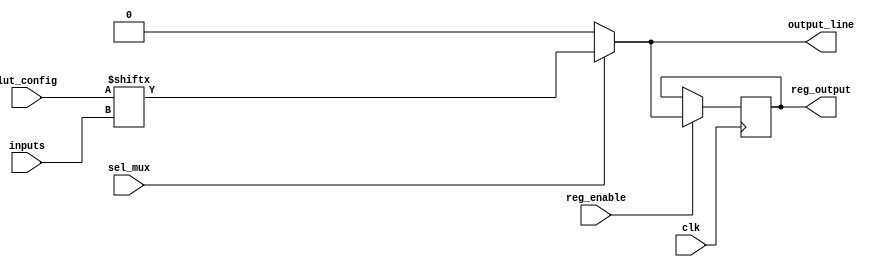
module CLB (
    input wire [3:0] inputs,          // Input lines (4 inputs)
    input wire [3:0] lut_config,      // Configuration for LUT (4-bit for 16 combinations)
    input wire sel_mux,               // Select line for MUX
    input wire clk,                   // Clock for optional register
    input wire reg_enable,            // Enable signal for register
    output wire output_line,          // Output line
    output wire reg_output            // Output from register (if used)
);

// Look-Up Table (LUT) implementation
reg [3:0] lut_output; // 4-bit output from LUT

always @(*) begin
    // LUT functionality based on inputs and configuration
    lut_output = lut_config[inputs]; // Select output based on input combination
end

// Multiplexer to select between LUT output and some other signal (for example, a constant)
wire mux_output;
assign mux_output = sel_mux ? lut_output[0] : 1'b0; // Example: selecting first bit of LUT output

// Output line directly from MUX
assign output_line = mux_output;

// Optional Register to store output
reg reg_storage;

always @(posedge clk) begin
    if (reg_enable) begin
        reg_storage <= mux_output; // Store MUX output in register on clock edge
    end
end

// Output from register
assign reg_output = reg_storage;

endmodule